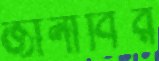
জানাবির